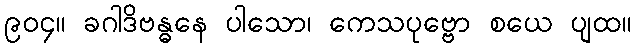
၉၀၄။ ခဂါဒိဗန္ဓနေ ပါသော၊ ကေသပုဗ္ဗော စယေ ပျထ။